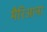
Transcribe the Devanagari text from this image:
मैरिआना